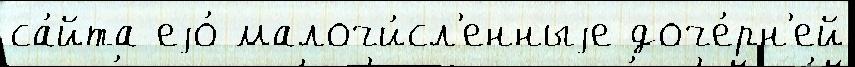
са́йта еjо́ малочи́сл'енныjе доче́рн'ей